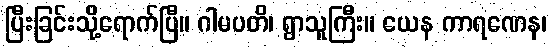
ပြီးခြင်းသို့ရောက်ပြီ။ ဂါမပတိ၊ ရွာသူကြီး။ ယေန ကာရဏေန၊